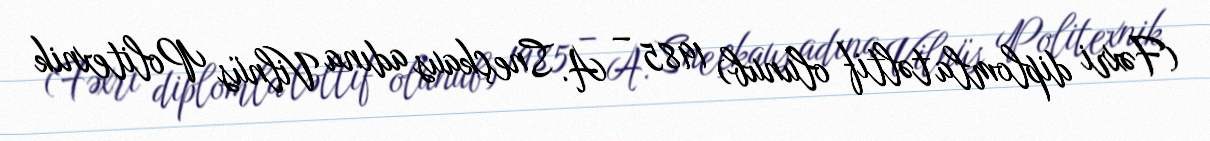
(Fəxri diplomla təltif olunub) 1985 – A. Sneçkaus adına Vilnüs Politexnik